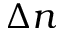
\Delta n